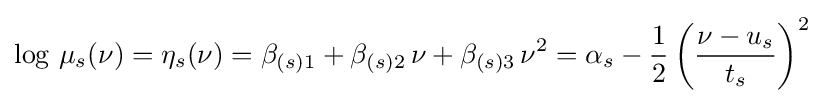
\log \,\mu _{s}(\nu )=\eta _{s}(\nu )=\beta _{(s)1}+\beta _{(s)2}\,\nu +\beta _{(s)3}\,\nu ^{2}=\alpha _{s}-{\frac {1}{2}}\left({\frac {\nu -u_{s}}{t_{s}}}\right)^{2}